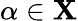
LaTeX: \alpha\in\mathbf{X}